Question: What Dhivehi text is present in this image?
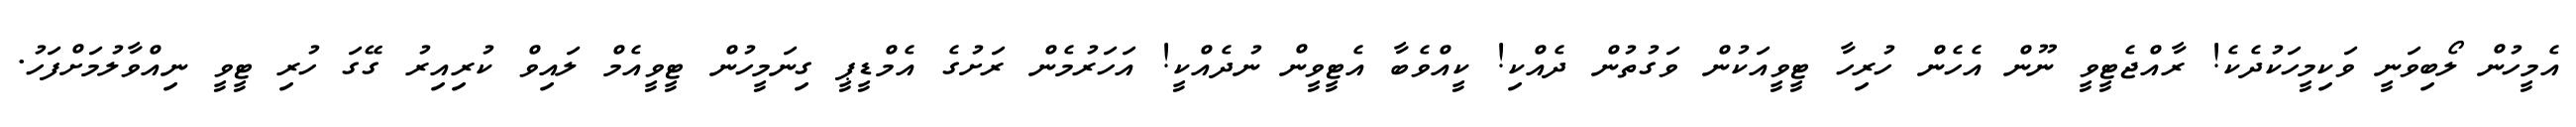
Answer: އެމީހުން ލޯބިވަނީ ވަކިމީހަކުދެކެ! ރާއްޖެޓީވީ ނޫން އެހެން ހުރިހާ ޓީވީއަކުން ވަގުތުން ދެއްކި! ކީއްވެބާ އެޓީވީން ނުދެއްކީ! އަހަރުމެން ރަށުގެ އެމްޑީޕީ ގިނަމީހުން ޓީވީއެމް ލައިވް ކުރިއިރު ގޭގަ ހުރި ޓީވީ ނިއްވާލުމަށްފަހު.